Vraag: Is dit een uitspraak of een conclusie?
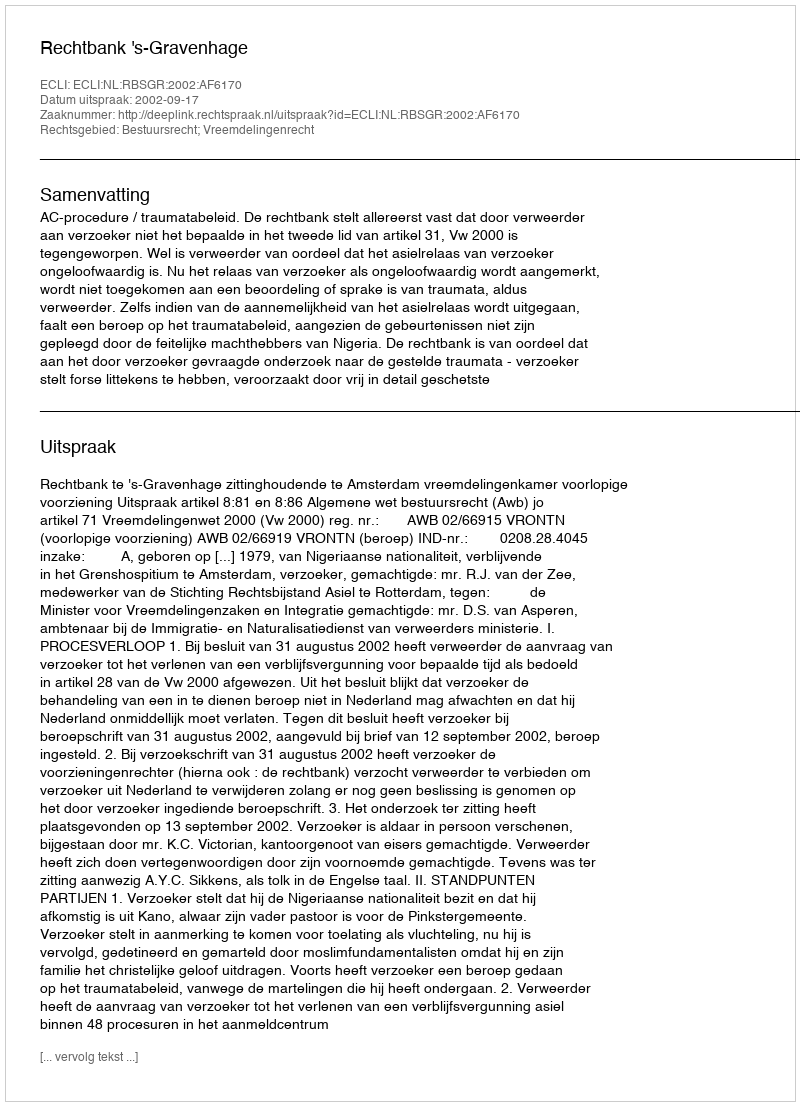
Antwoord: Uitspraak